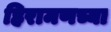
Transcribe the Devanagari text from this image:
हिरामणच्या